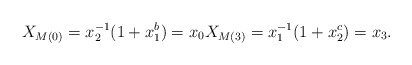
\begin{align*}X_{M(0)} = x_2^{-1}(1 + x_1^b) = x_0 X_{M(3)} = x_1^{-1}(1 + x_2^c) = x_3.\end{align*}